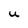
Character: U